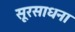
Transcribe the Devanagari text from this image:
सूरसाधना